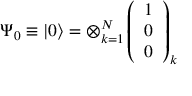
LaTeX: \Psi _ { 0 } \equiv \left| 0 \right\rangle = \otimes _ { k = 1 } ^ { N } \left( \begin{array} { l } { { 1 } } \\ { { 0 } } \\ { { 0 } } \end{array} \right) _ { k }